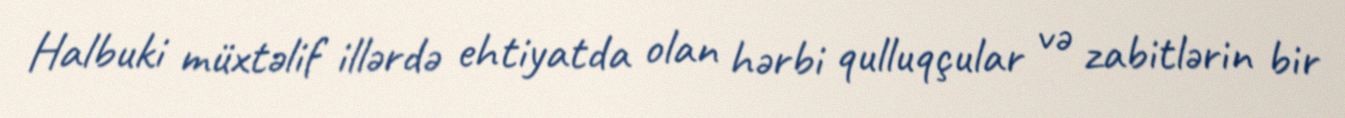
Halbuki müxtəlif illərdə ehtiyatda olan hərbi qulluqçular və zabitlərin bir